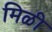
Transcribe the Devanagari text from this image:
मिळी